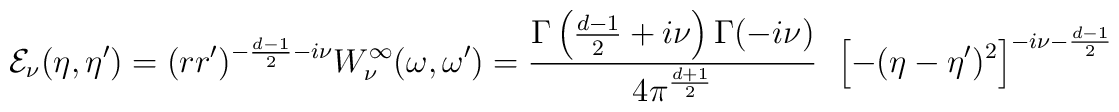
{ \cal E}_{\nu}  (\eta ,\eta') =  (r r')^{-\frac{d-1}{2} - i \nu}{ W}_{\nu}^{\infty}({\omega},{\omega}') =\frac{\Gamma\left(\frac{d-1}{2} +i\nu\right)\Gamma(-i\nu)} { 4\pi^{\frac{d+1}{2}}}\ \  \left[-(\eta - \eta')^2\right]^{-i\nu-\frac{d-1}{2}}